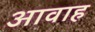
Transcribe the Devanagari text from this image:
आवाह